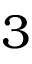
3